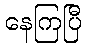
နေကြပြီ